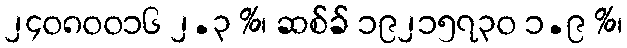
၂၄၀၈၀၀၁၆ ၂.၃ %၊ ဆစ်ခ် ၁၉၂၁၅၇၃၀ ၁.၉ %၊